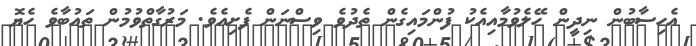
އެހިސާބުން ނިދީން ހޭލެވުމާއިއެކު ފުންމައިގެން ތެދުވެ ވިސްނަން ފެށިއެވެ. މަރުގާތްވުމުން ތައުބާވެ ހެޔޮ